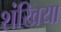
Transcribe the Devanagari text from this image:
शंखिया